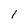
Character: 1